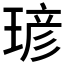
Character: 𪻾